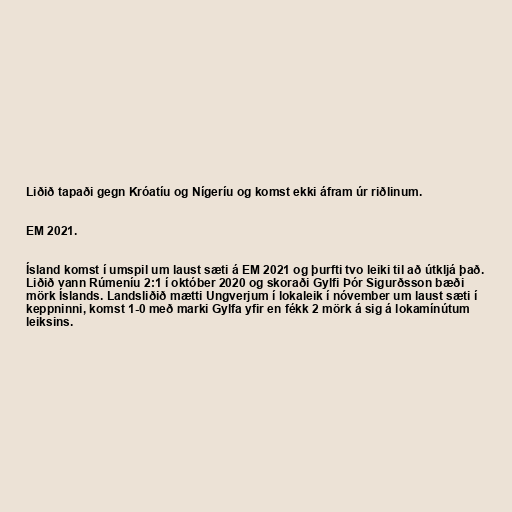
Liðið tapaði gegn Króatíu og Nígeríu og komst ekki áfram úr riðlinum.

EM 2021.

Ísland komst í umspil um laust sæti á EM 2021 og þurfti tvo leiki til að útkljá það.
Liðið vann Rúmeníu 2:1 í október 2020 og skoraði Gylfi Þór Sigurðsson bæði
mörk Íslands. Landsliðið mætti Ungverjum í lokaleik í nóvember um laust sæti í
keppninni, komst 1-0 með marki Gylfa yfir en fékk 2 mörk á sig á lokamínútum
leiksins.